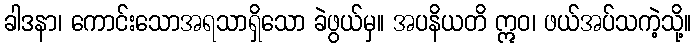
ခါဒနာ၊ ကောင်းသောအရသာရှိသော ခဲဖွယ်မှ။ အပနိယတိ ဣဝ၊ ဖယ်အပ်သကဲ့သို့။